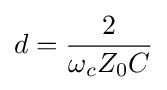
d={\frac {2}{\omega _{c}Z_{0}C}}